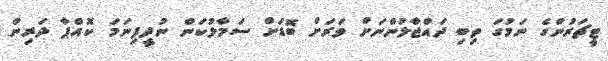
ޓީޗަރުންގެ ނަމުގަ ތިބި ދައްޖާލުންނަށް ވަރަށް ބޮޑަށް ސަމާލުކަން ނުދީފިނަމަ ކޮއްޕާ ދަރިން